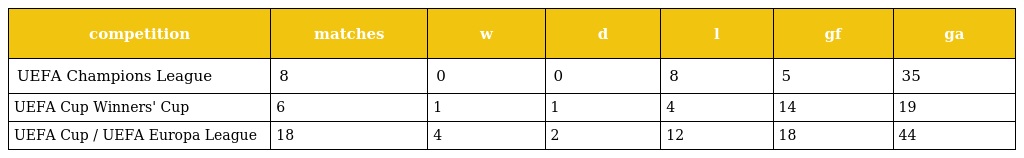
| competition | matches | w | d | l | gf | ga |
 | --- | --- | --- | --- | --- | --- | --- |
 | UEFA Champions League | 8 | 0 | 0 | 8 | 5 | 35 |
 | UEFA Cup Winners' Cup | 6 | 1 | 1 | 4 | 14 | 19 |
 | UEFA Cup / UEFA Europa League | 18 | 4 | 2 | 12 | 18 | 44 |